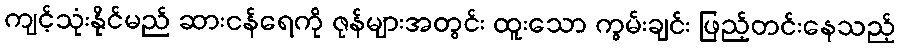
ကျင့်သုံးနိုင်မည် ဆားငန်ရေကို ဇုန်များအတွင်း ထူးသော ကွမ်းချင်း ဖြည့်တင်းနေသည့်